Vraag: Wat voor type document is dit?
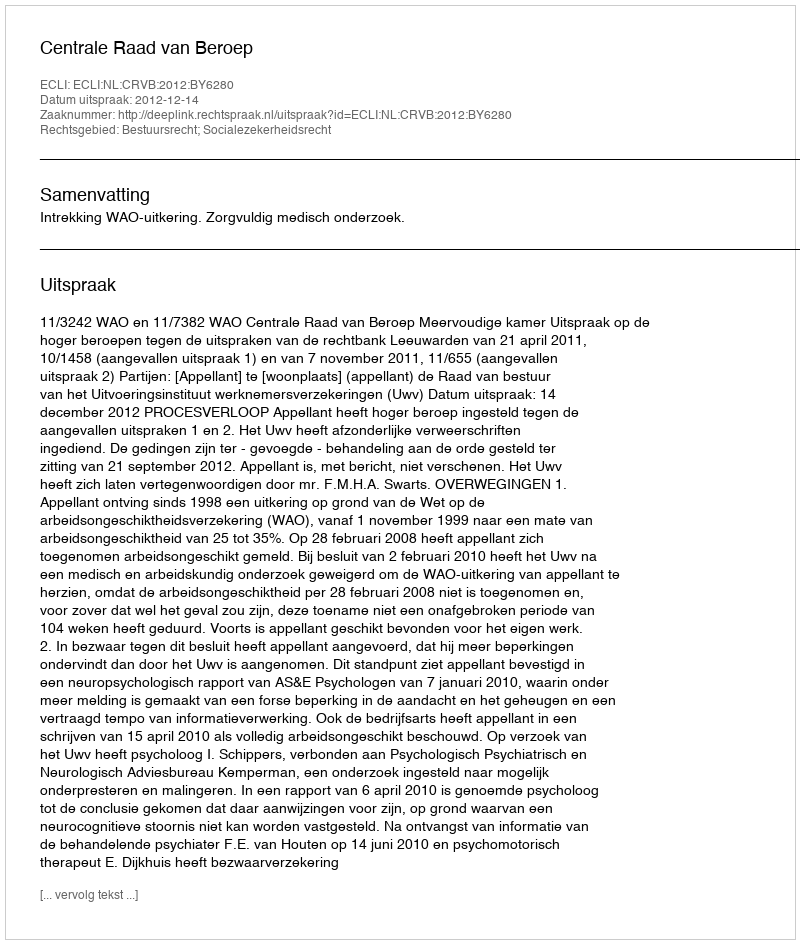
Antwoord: Uitspraak